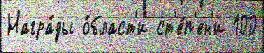
Награ́ды о́бласт'и ст'е́п'ен'и 100